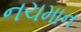
નચમાન